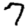
Digit: 7